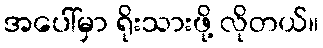
အပေါ်မှာ ရိုးသားဖို့ လိုတယ်။